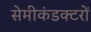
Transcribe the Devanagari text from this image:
सेमीकंडक्टरों